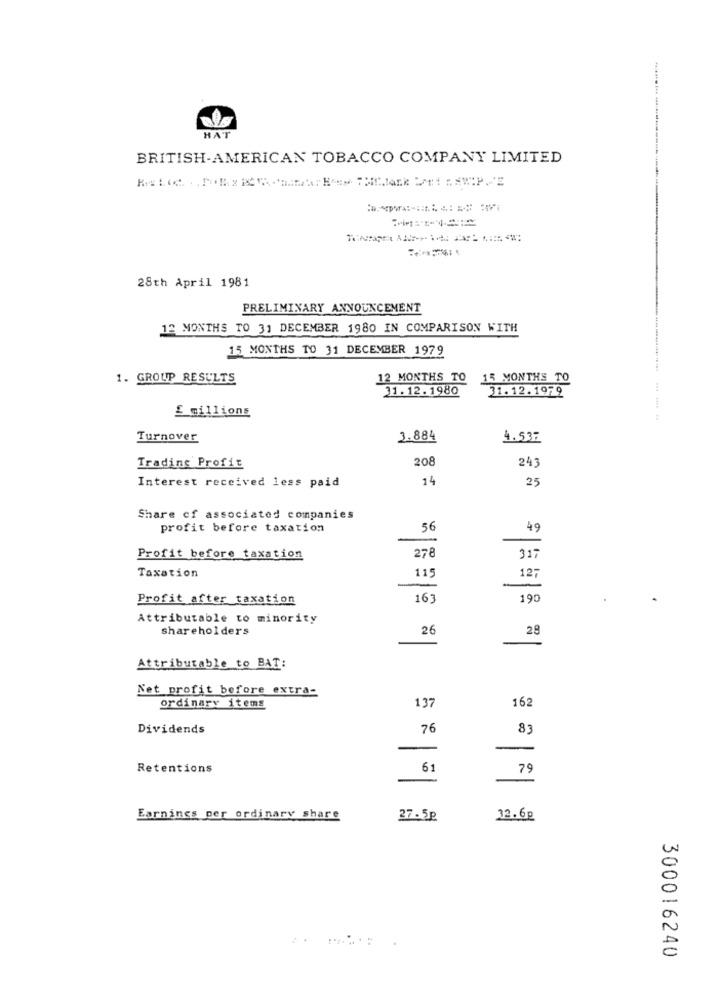
HAT
BRITISH-AMERICAN TOBACCO COMPANY LIMITED
28th April 1981
PRELIMINARY ANNOUNCEMENT
12 MONTHS TO 31 DECEMBER 1980 IN COMPARISON WITH
15 MONTHS TO 31 DECEMBER 1979
1. GROUP RESULTS
12 MONTHS TO 15 MONTHS TO
31.12.1980
31.12.1979
£ millions
Turnover
3.884
4.537
208
24
Trading Profit
Interest received less paid
14
25
Share of associated companies
profit before taxation
56
49
278
Profit before taxation
31
Taxation
115
12-
Profit after taxation
163
190
Attributable to minority
shareholders
26
2.9
Attributable to BAT:
Net profit before extra-
ordinary items
13
162
Dividends
76
83
-
Retentions
61
79
Earnings per ordinary share
27.5p
12.6p
300016240